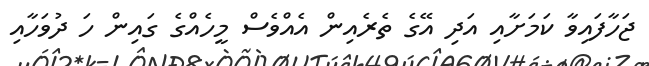
ޖަހާފައިވާ ކަމަށާއި އަދި އޭގެ ތެރެއިން އެއްވެސް މީހެއްގެ ގައިން ހަ ދުވަހާއި